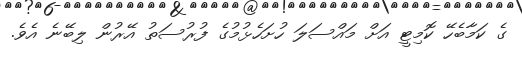
ގެ ކަމާބެހޭ ކޮމިޓީ އަށް މައްސަލަ ހުށަހެޅުމުގެ ފުރުސަތު އޭރުން ލިބޭނެ އެވެ.